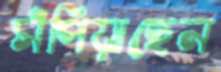
সঁপিয়াছেন